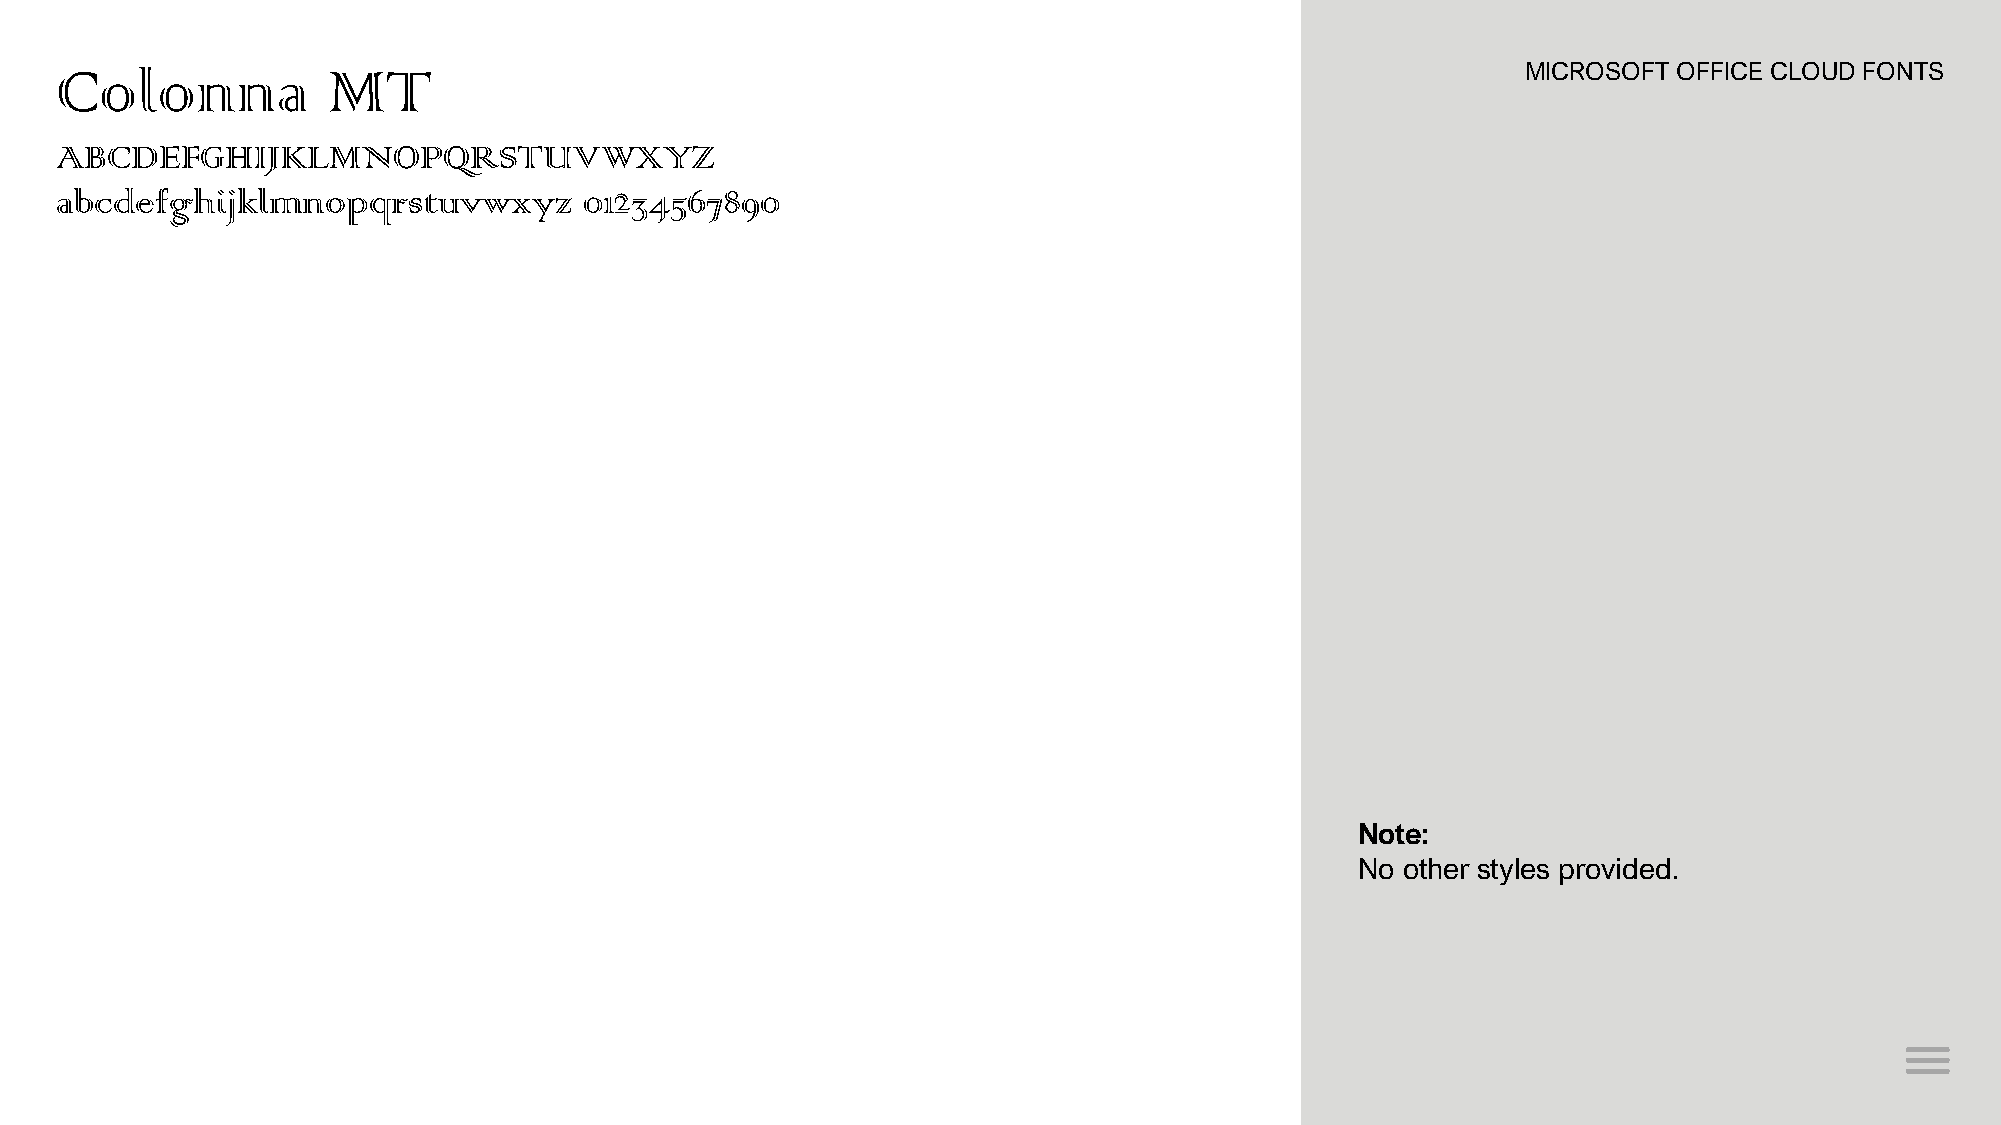
Colonna           MT                                                                             MICROSOFT OFFICE CLOUD FONTS
 ABCDEFGHIJKLMNOPQRSTUVWXYZ
 abcdefghijklmnopqrstuvwxyz         01234567890
 Note:
 No other styles provided.